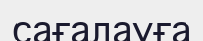
сағалауға